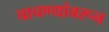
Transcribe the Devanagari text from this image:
चाचण्यांवरून